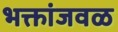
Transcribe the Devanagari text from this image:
भक्तांजवळ